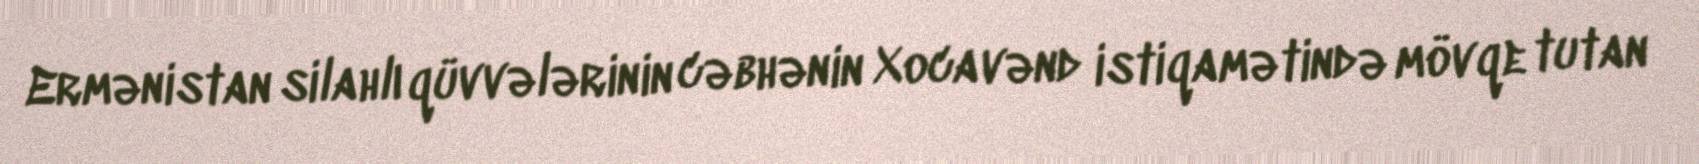
Ermənistan silahlı qüvvələrinin cəbhənin Xocavənd istiqamətində mövqe tutan